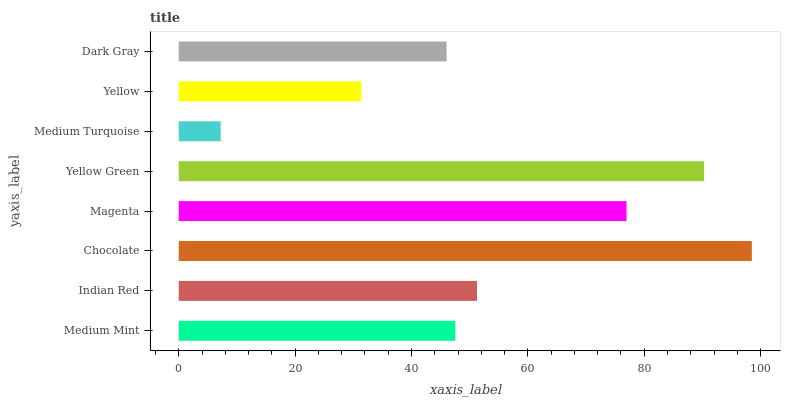
| yaxis_label | bars |
 | --- | --- |
 | Medium Mint | 47.5 |
 | Indian Red | 51.3 |
 | Chocolate | 98.5 |
 | Magenta | 77 |
 | Yellow Green | 90.3 |
 | Medium Turquoise | 7.21 |
 | Yellow | 31.4 |
 | Dark Gray | 46 |